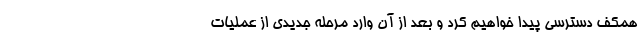
همکف دسترسی پیدا خواهیم کرد و بعد از آن وارد مرحله جدیدی از عملیات